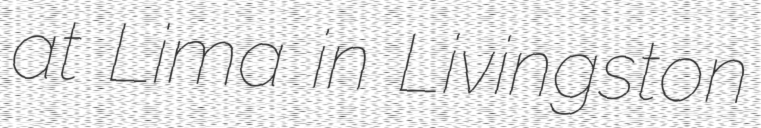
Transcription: at Lima in Livingston